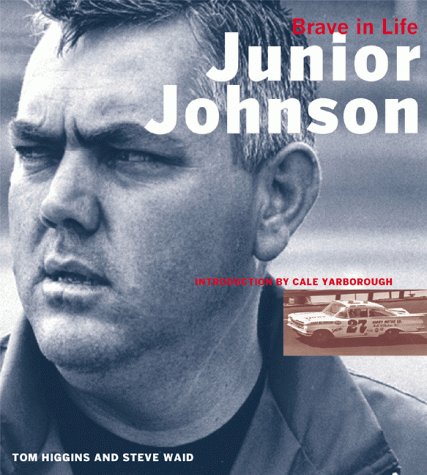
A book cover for Junior Johnson: Brave in Life; Tom Higgins; Engineering & Transportation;